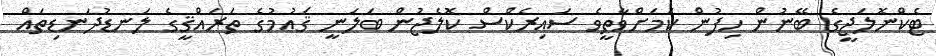
ޓެކްނޮލަޖީގެ ބޭނުން ހިފުން ކަމަށްވާތީވެ ސައިރެކްސް ކޮލެޖުން ބަލަނީ ޤައުމުގެ ތަރައްޤީގެ ލަނޑުދަނޑިތައް